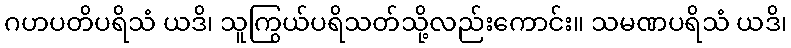
ဂဟပတိပရိသံ ယဒိ၊ သူကြွယ်ပရိသတ်သို့လည်းကောင်း။ သမဏပရိသံ ယဒိ၊